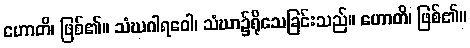
ဟောတိ၊ ဖြစ်၏။ သံဃဂါရဝေါ၊ သံဃာ၌ရိုသေခြင်းသည်။ ဟောတိ၊ ဖြစ်၏။